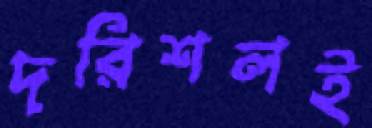
দরিশলই